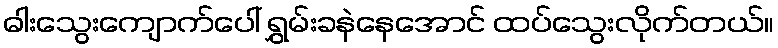
ဓါးသွေးကျောက်ပေါ် ရွှမ်းခနဲနေအောင် ထပ်သွေးလိုက်တယ်။